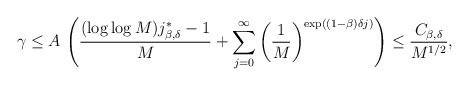
\begin{align*}\gamma\le A\,\left(\frac{(\log\log M)j^*_{\beta,\delta}-1}{M}+\sum_{j=0}^\infty\left(\frac{1}{M}\right)^{\exp((1-\beta) \delta j)}\right)\le\frac{C_{\beta,\delta}}{M^{1/2}},\end{align*}